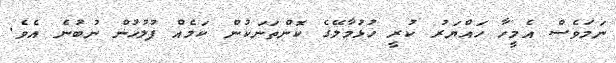
ނަމަވެސް އެމީހާ ހައްޔަރު ކުރީ ހުޅުމާލޭގެ ކޮންތަނަކުން ކަމެއް ފުލުހުން ނުބުނެ އެވެ.